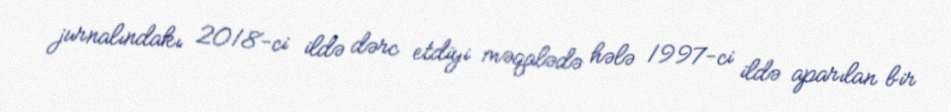
jurnalındakı 2018-ci ildə dərc etdiyi məqalədə hələ 1997-ci ildə aparılan bir